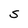
Character: S